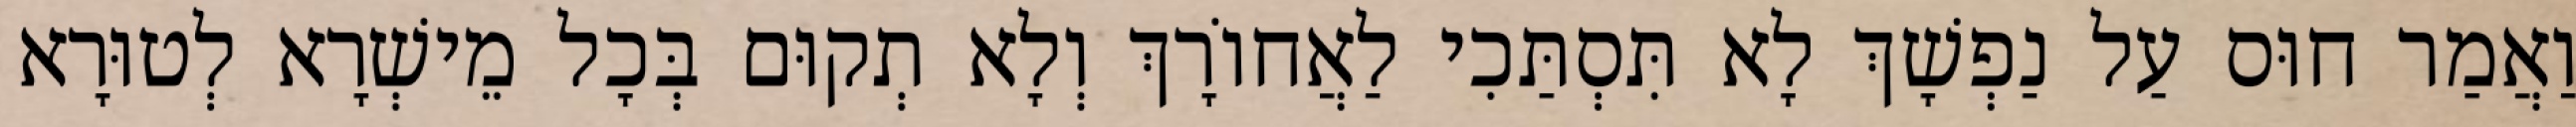
וַאֲמַר חוּס עַל נַפְשָׁךְ לָא תִּסְתַּכִי לַאֲחוֹרָךְ וְלָא תְקוּם בְּכָל מֵישְׁרָא לְטוּרָא